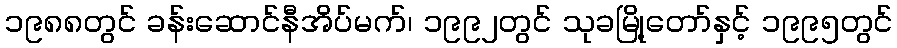
၁၉၈၈တွင် ခန်းဆောင်နီအိပ်မက်၊ ၁၉၉၂တွင် သုခမြို့တော်နှင့် ၁၉၉၅တွင်